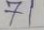
71